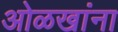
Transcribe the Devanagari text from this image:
ओळखांना